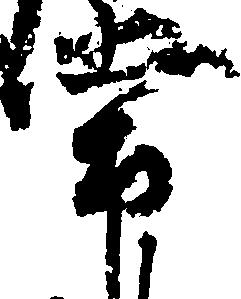
常